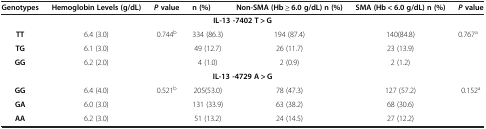
<table><thead><tr><td><b>Genotypes</b></td><td><b>Hemoglobin Levels (g/dL)</b></td><td><b><i>P </i>value</b></td><td><b>n (%)</b></td><td><b>Non-SMA (Hb ≥ 6.0 g/dL) n (%)</b></td><td><b>SMA (Hb &lt; 6.0 g/dL) n (%)</b></td><td><b><i>P </i>value</b></td></tr></thead><tbody><tr><td colspan="7"><b>IL-13 -7402 T &gt; G</b></td></tr><tr><td><b>TT</b></td><td>6.4 (3.0)</td><td rowspan="3">0.744<sup>b</sup></td><td>334 (86.3)</td><td>194 (87.4)</td><td>140(84.8)</td><td rowspan="3">0.767<sup>a</sup></td></tr><tr><td><b>TG</b></td><td>6.1 (3.0)</td><td>49 (12.7)</td><td>26 (11.7)</td><td>23 (13.9)</td></tr><tr><td><b>GG</b></td><td>6.2 (2.0)</td><td>4 (1.0)</td><td>2 (0.9)</td><td>2 (1.2)</td></tr><tr><td colspan="7"><b>IL-13 -4729 A &gt; G</b></td></tr><tr><td><b>GG</b></td><td>6.4 (4.0)</td><td rowspan="2">0.521<sup>b</sup></td><td>205(53.0)</td><td>78 (47.3)</td><td>127 (57.2)</td><td rowspan="2">0.152<sup>a</sup></td></tr><tr><td><b>GA</b></td><td>6.0 (3.0)</td><td>131 (33.9)</td><td>63 (38.2)</td><td>68 (30.6)</td></tr><tr><td><b>AA</b></td><td>6.2 (3.0)</td><td> </td><td>51 (13.2)</td><td>24 (14.5)</td><td>27 (12.2)</td><td> </td></tr></tbody></table>